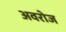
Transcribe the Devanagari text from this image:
अवरोज